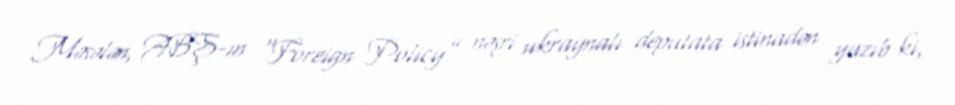
Məsələn, ABŞ-ın “Foreign Policy” nəşri ukraynalı deputata istinadən yazıb ki,